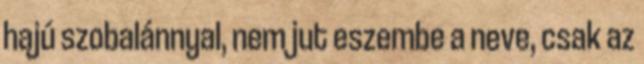
hajú szobalánnyal, nem jut eszembe a neve, csak az